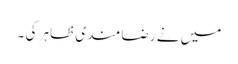
میں نے رضا مندی ظاہر کی ۔